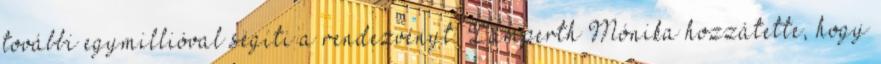
további egymillióval segíti a rendezvényt. Lamperth Mónika hozzátette, hogy